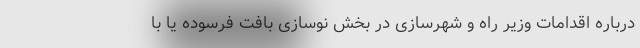
درباره اقدامات وزیر راه و شهرسازی در بخش نوسازی بافت فرسوده یا با